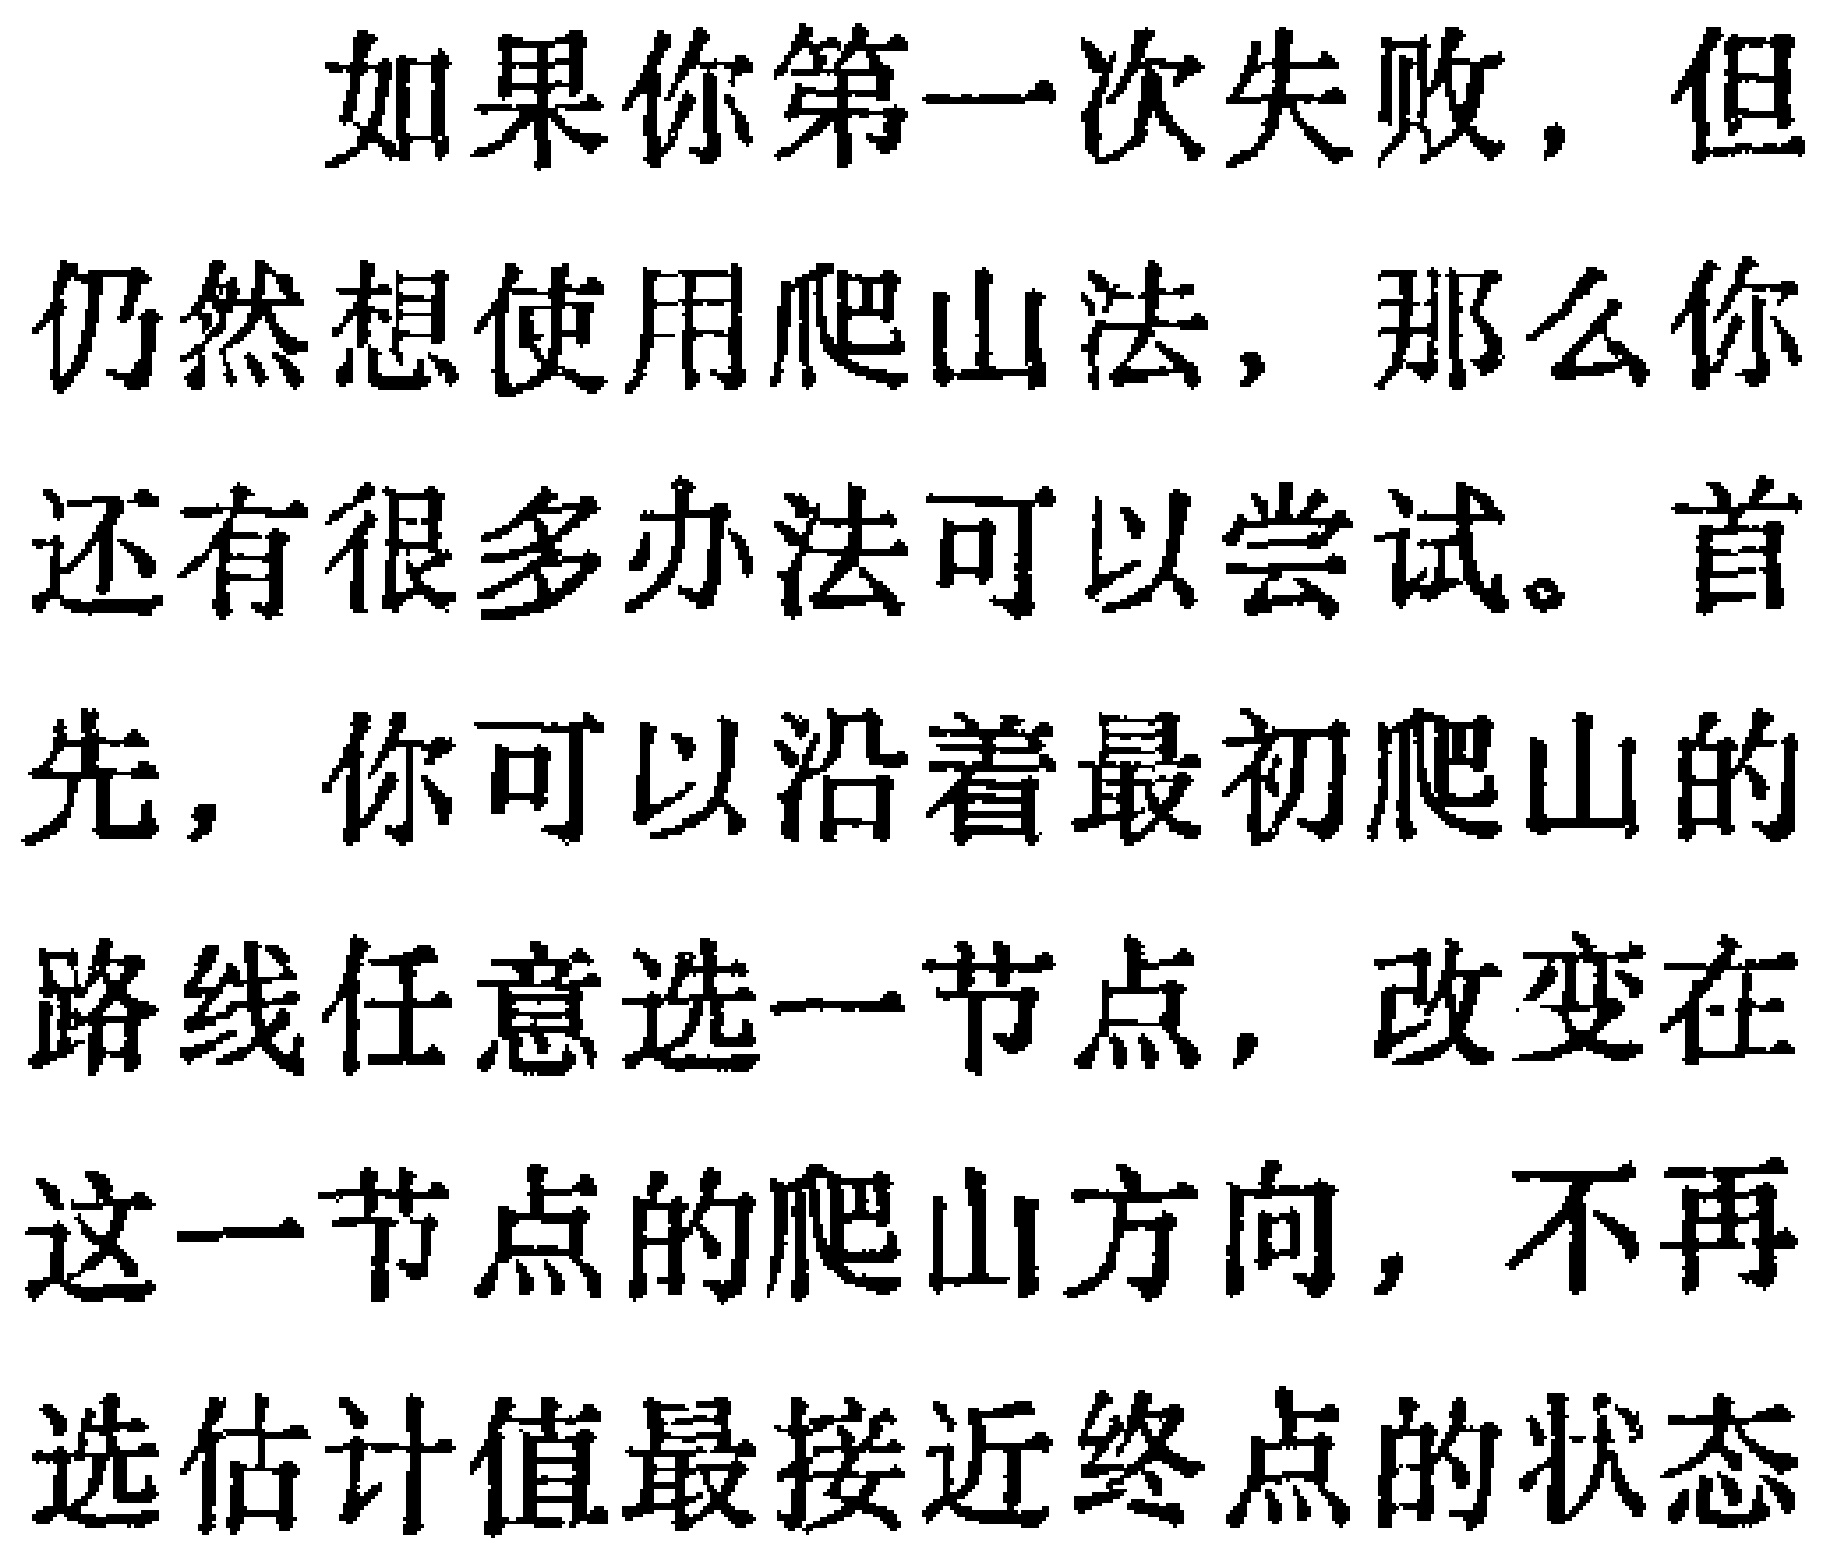
如果你第一次失败，但仍然想使用爬山法，那么你还有很多办法可以尝试。首先，你可以沿着最初爬山的路线任意选一节点，改变在这一节点的爬山方向，不再选估计值最接近终点的状态